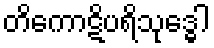
တိကောဋိပရိသုဒ္ဓေါ